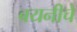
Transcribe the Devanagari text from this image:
बयनीचे